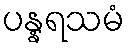
ပန္နရသမံ